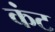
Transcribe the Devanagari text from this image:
कंट